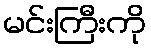
မင်းကြီးကို